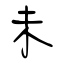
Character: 未